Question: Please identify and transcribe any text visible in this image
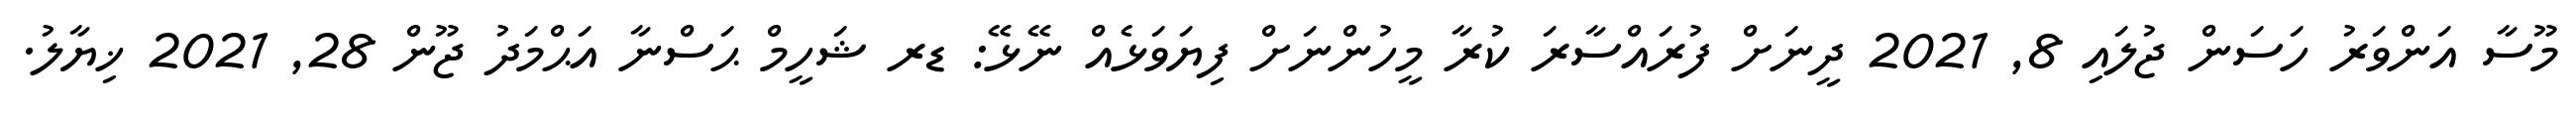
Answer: މޫސާ އަންވަރު ހަސަން ޖުލައި 8, 2021 ދީނަށް ފުރައްސާރަ ކުރާ މީހުންނަށް ފިޔަވަޅެއް ނޭޅޭ: ޑރ ޝަހީމް ޙަސްނާ އަޙްމަދު ޖޫން 28, 2021 ޚިޔާލު.